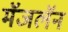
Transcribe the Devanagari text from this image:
मॅजलॅन